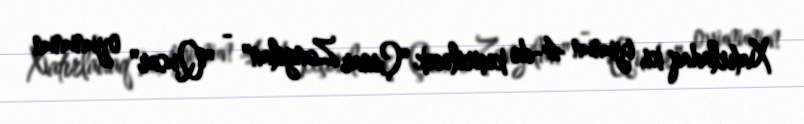
Xatırladaq ki, iyunun 4-də keçiriləcək "Çinar Zəngilan" - "Qusar" oyununun